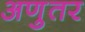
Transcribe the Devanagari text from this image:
अणुतर